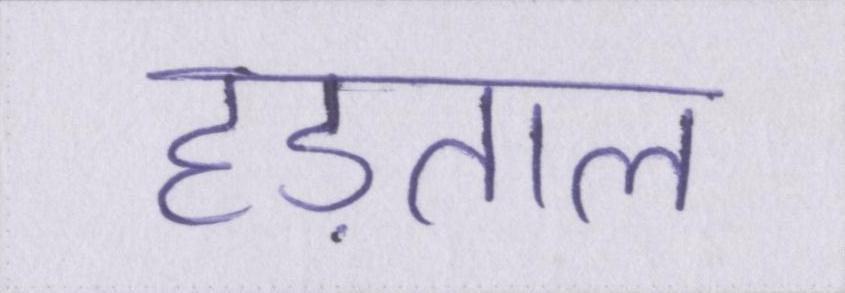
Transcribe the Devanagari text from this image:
हड़ताल